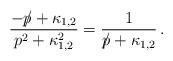
\begin{align*}\frac{{-p \hspace{-0.2cm}/} + \kappa_{1,2}}{p^{2} + \kappa^{2}_{1,2}} =\frac{1}{{p \hspace{-0.2cm}/} + \kappa_{1,2}} \, .\end{align*}